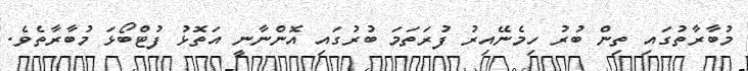
މުބާރާތުގައި ތިން ބުރު ހިމެނޭއިރު ފުރަތަމަ ބުރުގައި އޮންނާނީ އަތޮޅު ފުޓްބޯޅަ މުބާރާތެވެ.